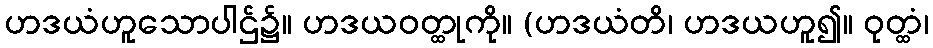
ဟဒယံဟူသောပါဌ်၌။ ဟဒယဝတ္ထုကို။ (ဟဒယံတိ၊ ဟဒယဟူ၍။ ဝုတ္ထံ၊